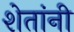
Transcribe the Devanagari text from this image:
शेतांनी